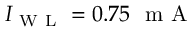
I _ { \mathrm { ~ W ~ L ~ } } = 0 . 7 5 ~ \mathrm { ~ m ~ A ~ }